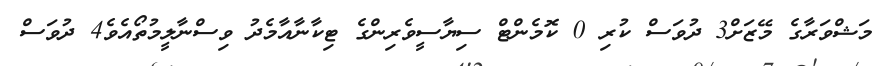
މަޝްވަރާގެ މޭޒަށް3 ދުވަސް ކުރި 0 ކޮމެންޓް ސިިޔާސީވެރިންގެ ޓިކާނާއާމެދު ވިސްނާލީމުތޯއެވެ4 ދުވަސް